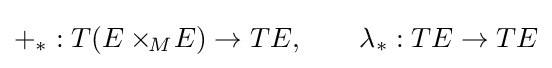
+_{*}:T(E\times _{\!M}\!E)\to TE,\qquad \lambda _{*}:TE\to TE